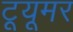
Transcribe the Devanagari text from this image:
टूयूमर